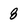
Character: 8